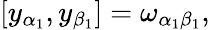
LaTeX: \left[y_{\alpha_{1}},y_{\beta_{1}}\right]=\omega_{\alpha_{1}\beta_{1}},